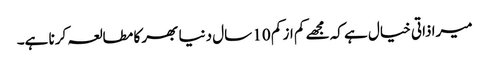
میرا ذاتی خیال ہے کہ مجھے کم از کم 10 سال دنیا بھر کا مطالعہ کرنا ہے۔